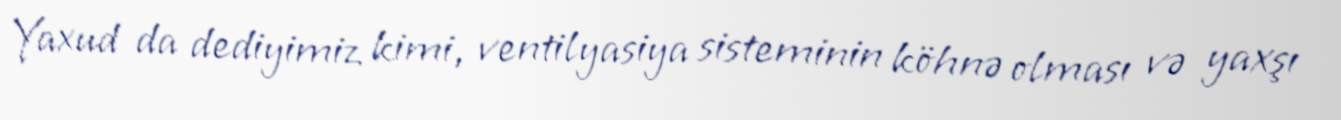
Yaxud da dediyimiz kimi, ventilyasiya sisteminin köhnə olması və yaxşı